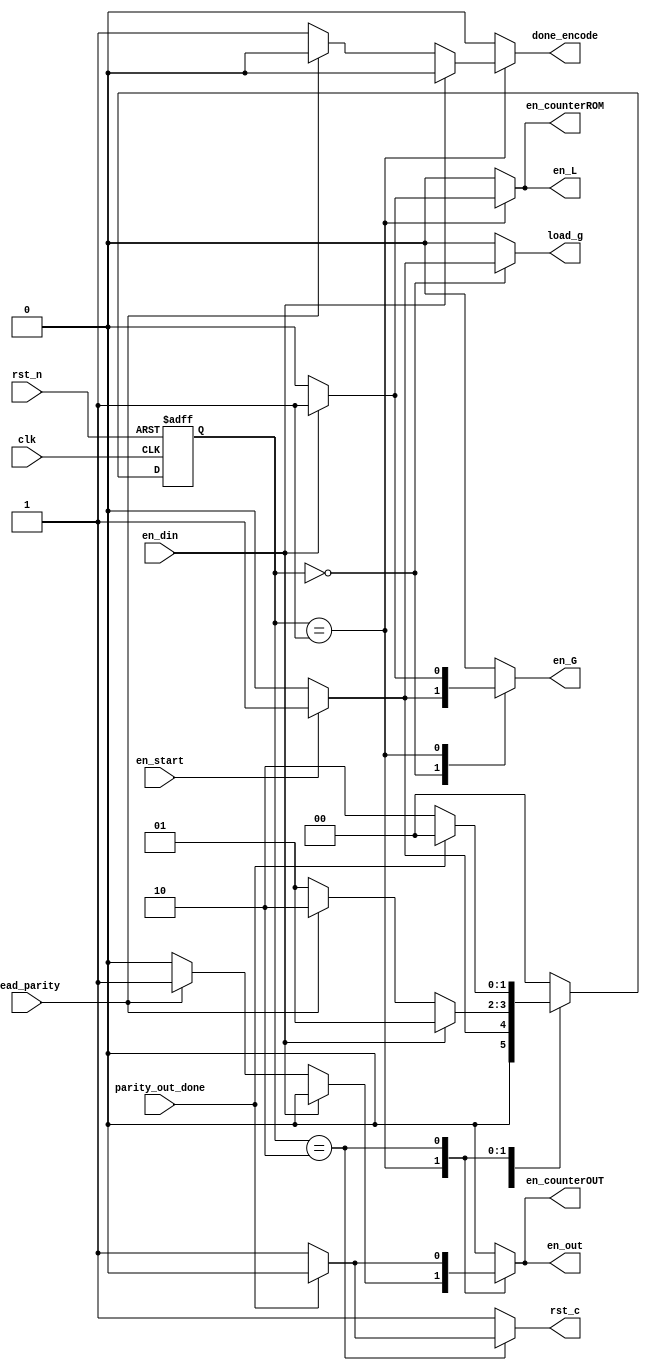
module control_encode(
			input clk,   //global signal
			input rst_n, //global signal
			input en_start, //from flash controller
			input en_din,   //from flash controller
			input read_parity, //from flash controller
			input parity_out_done, //from parity_out
			output reg en_counterROM, //to parallel_encode
			output reg en_counterOUT, //to parity_out
			output reg en_G,  //to parallel_encode
			output reg load_g, //to parallel_encode
			output reg en_L, //to parallel_encode
			output reg done_encode, //to flash controller
			output reg rst_c,
			output reg en_out  //to flash controller,parallel_encode
		      );


parameter S_idle=2'b00,S_encode=2'b01,S_parity_out=2'b10;
reg[1:0] cstate,nstate;

always@(posedge clk or negedge rst_n)
	if(!rst_n)
		cstate<=S_idle;
	else 
		cstate<=nstate;

always@(*)
	begin
		en_counterROM=0;
		en_counterOUT=0;
		en_G=0;
		load_g=0;
		en_L=0;
		done_encode=0;
		en_out=0;
		rst_c=1;

	case(cstate)
		S_idle: begin
				if(en_start)
					begin
						nstate=S_encode;
						en_G=1;
						load_g=1;
					end
				else
					nstate=S_idle;
			end

		S_encode: begin
				if(en_din)
					begin
						en_counterROM=1;
						en_L=1;
						en_G=1;
						nstate=S_encode;
					end

				else if(read_parity)
					begin
						en_out=1;
						en_counterOUT=1;
						nstate=S_parity_out;
					end
				else
					begin
						done_encode=1;
						nstate=S_encode;
					end
			   end

		S_parity_out: begin
					if(!parity_out_done)
						begin
							en_counterOUT=1;
							en_out=1;
							nstate=S_parity_out;
						end
					else
						begin
							rst_c=0;
							nstate=S_idle;
						end
				end

		default: 	nstate=S_idle;
	endcase
	end

endmodule